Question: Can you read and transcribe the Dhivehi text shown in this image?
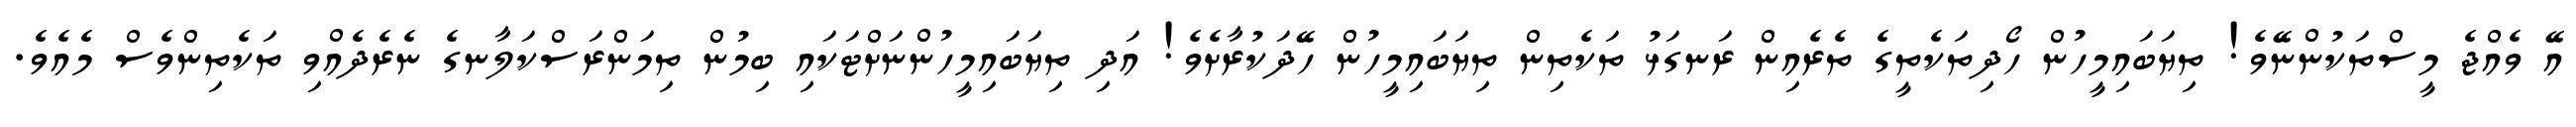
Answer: އޭ ވެއްޖެ މީސްތަކުންނޭވެ! ތިޔަބައިމީހުން ހޯދިތަކެތީގެ ތެރެއިން ރަނގަޅު ތަކެތިން ތިޔަބައިމީހުން ހޭދަކުރާށެވެ! އަދި ތިޔަބައިމީހުންނަށްޓަކައި ބިމުން ތިމަންރަސްކަލާނގެ ނެރެދެއްވި ތަކެތިންވެސް މެއެވެ.